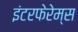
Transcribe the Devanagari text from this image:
इंटरफेरेम्स